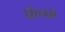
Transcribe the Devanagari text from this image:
फ्रॅन्क